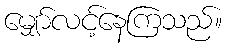
မျှော်လင့်နေကြသည်။